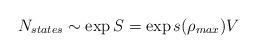
LaTeX: \begin{align*}N_{states} \sim \exp{S}= \exp s(\rho_{max})V\end{align*}